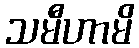
သမီဟာမိ